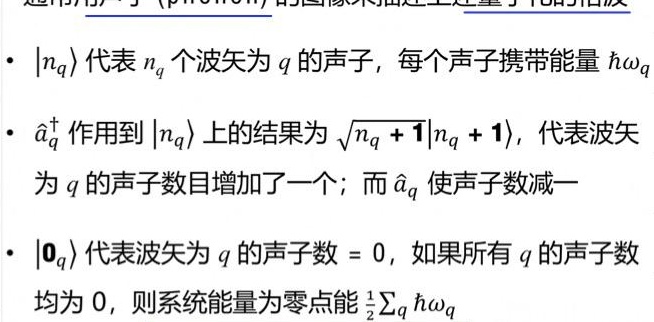
- $|n_q\rangle$ 代表 $n_q$ 个波矢为 $q$ 的声子，每个声子携带能量 $\hbar\omega_q$
- $\hat{a}_q^{\dagger}$ 作用到 $|n_q\rangle$ 上的结果为 $\sqrt{n_q + 1}|n_q + 1\rangle$，代表波矢为 $q$ 的声子数目增加了一个；而 $\hat{a}_q$ 使声子数减一
- $|0_q\rangle$ 代表波矢为 $q$ 的声子数 $= 0$，如果所有 $q$ 的声子数均为 $0$，则系统能量为零点能 $\frac{1}{2}\sum_q \hbar\omega_q$